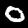
Label: 0